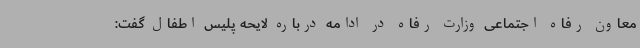
معاون رفاه اجتماعی وزارت رفاه در ادامه درباره لایحه پلیس اطفال گفت: